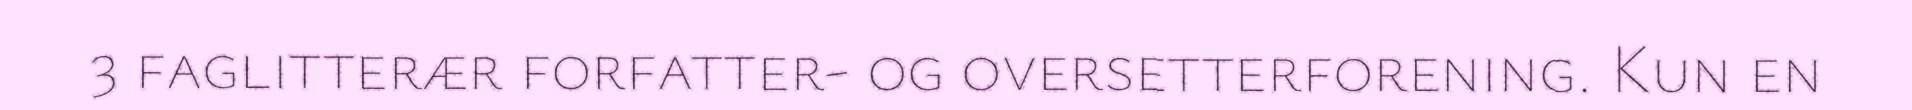
3 faglitterær forfatter- og oversetterforening. Kun en